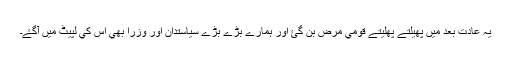
يہ عادت بعد ميں پھيلتے پھليتے قومي مرض بن گئ اور ہمارے بڑے بڑے سياستدان اور وزرا بھي اس کي لپيٹ ميں آگۓ۔